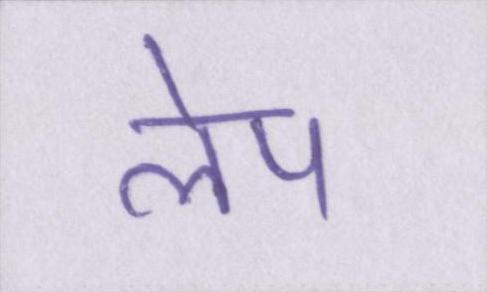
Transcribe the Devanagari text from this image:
लेप